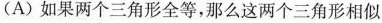
(A)如果两个三角形全等，那么这两个三角形相似